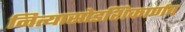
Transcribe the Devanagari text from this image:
नित्यासोडशिकार्णव